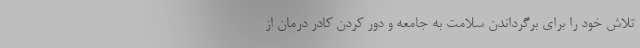
تلاش خود را برای برگرداندن سلامت به جامعه و دور کردن کادر درمان از